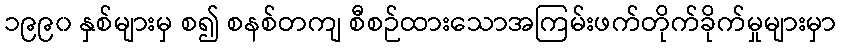
၁၉၉၀ နှစ်များမှ စ၍ စနစ်တကျ စီစဉ်ထားသောအကြမ်းဖက်တိုက်ခိုက်မှုများမှာ